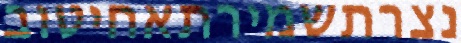
נצרתשמירתאחיטוב